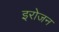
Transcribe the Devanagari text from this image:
इरोजन